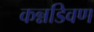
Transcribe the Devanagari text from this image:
कन्नडिवण